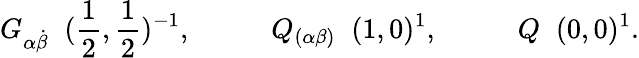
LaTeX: G_{\alpha\dot{\beta}}\; \; (\frac{1}{2},\frac{1}{2})^{-1},\; \; \; \; \; \; \; \; \; \; Q_{(\alpha\beta)}\; \; (1,0)^{1},\; \; \; \; \; \; \; \; \; \; Q\; \; (0,0)^{1}.